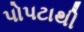
પોપટાથી